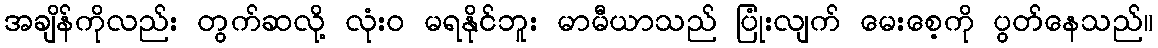
အချိန်ကိုလည်း တွက်ဆလို့ လုံးဝ မရနိုင်ဘူး မာမီယာသည် ပြုံးလျက် မေးစေ့ကို ပွတ်နေသည်။